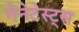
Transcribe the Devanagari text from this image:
गेनेटेस्ट्स